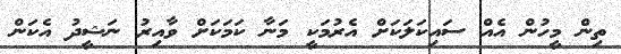
ތިން މީހުން އެއް ސައިކަލަކަށް އެރުމަކީ މަނާ ކަމަކަށް ވާއިރު ނަޝީދު އެކަން